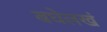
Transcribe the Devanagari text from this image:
बघेलखं